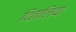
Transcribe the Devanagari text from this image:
दितालिया